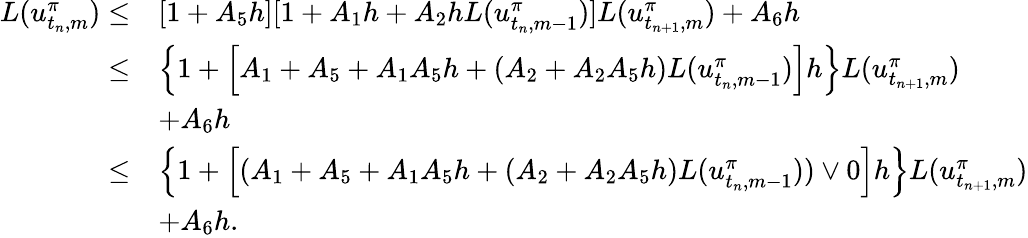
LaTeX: \begin{array}{rl}{L(u_{t_{n},m}^{\pi})\leq}&{[1+A_{5}h][1+A_{1}h+A_{2}hL(u_{t_{n},m-1}^{\pi})]L(u_{t_{n+1},m}^{\pi})+A_{6}h}\\ {\leq}&{\left\{ 1+\left[A_{1}+A_{5}+A_{1}A_{5}h+(A_{2}+A_{2}A_{5}h)L(u_{t_{n},m-1}^{\pi})\right]h\right\} L(u_{t_{n+1},m}^{\pi})}\\ &{+A_{6}h}\\ {\leq}&{\left\{ 1+\left[(A_{1}+A_{5}+A_{1}A_{5}h+(A_{2}+A_{2}A_{5}h)L(u_{t_{n},m-1}^{\pi}))\vee 0\right]h\right\} L(u_{t_{n+1},m}^{\pi})}\\ &{+A_{6}h.}\end{array}